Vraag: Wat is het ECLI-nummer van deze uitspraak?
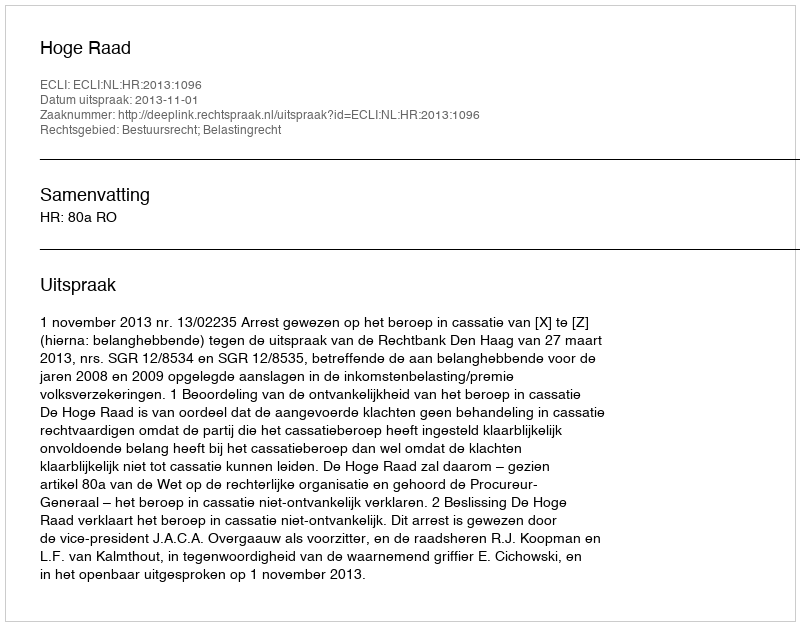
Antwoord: ECLI:NL:HR:2013:1096